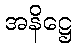
အနိဋ္ဌေ